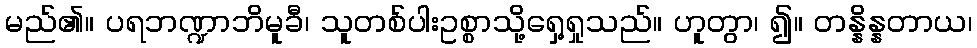
မည်၏။ ပရဘဏ္ဍာဘိမူခီ၊ သူတစ်ပါးဥစ္စာသို့ရှေ့ရှုသည်။ ဟူတွာ၊ ၍။ တန္နိန္နတာယ၊